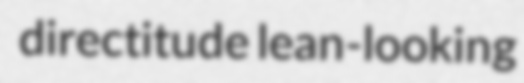
directitude lean-looking